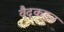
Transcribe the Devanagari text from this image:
वैदूकडून